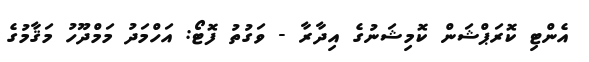
އެންޓި ކޮރަޕްޝަން ކޮމިޝަނުގެ އިދާރާ - ވަގުތު ފޮޓޯ: އަހްމަދު މަމްދޫހު މަޤާމުގެ